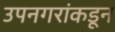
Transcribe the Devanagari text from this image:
उपनगरांकडून